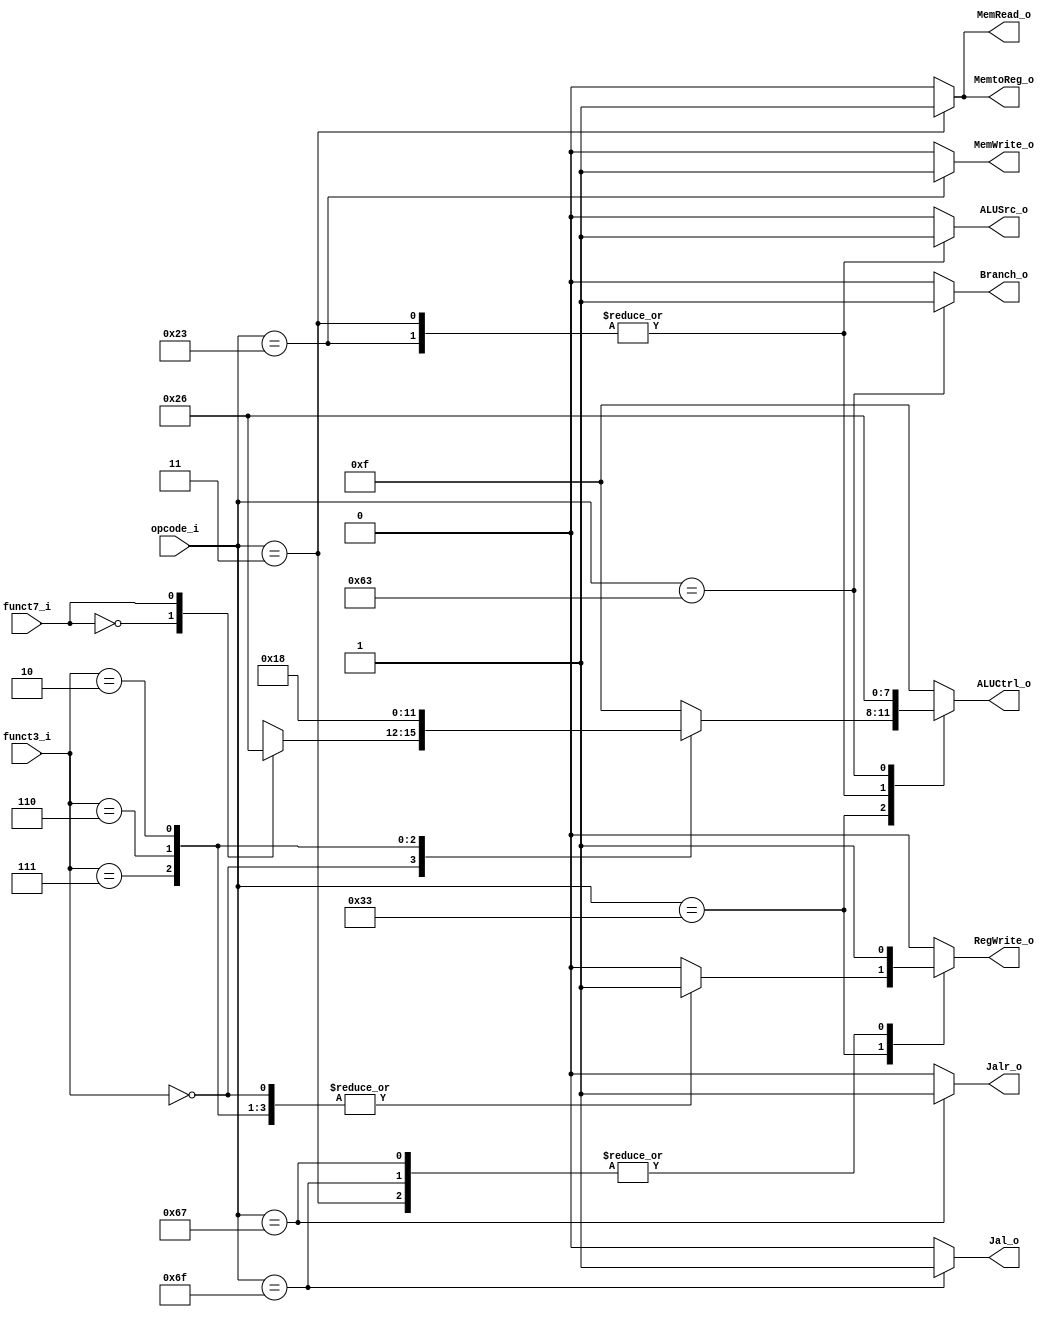
module control (
	input 	   [6:0] opcode_i,
	input 	   [2:0] funct3_i,
	input 			 funct7_i, //funct7[5]
	output reg 		 Jalr_o,
	output reg 		 Jal_o,
	output reg 		 Branch_o,
	output reg 		 MemRead_o,
	output reg 		 MemtoReg_o,
	output reg [3:0] ALUCtrl_o,
	output reg 		 MemWrite_o,
	output reg 		 ALUSrc_o,
	output reg 		 RegWrite_o
);

always @(*) begin
	case (opcode_i)
		7'b0110011: begin //r-type
			case (funct3_i)
				3'b000: begin //arithmetic
					case (funct7_i)
						1'b0: begin //add
							Jalr_o 	   = 1'b0;
							Jal_o 	   = 1'b0;
							Branch_o   = 1'b0;
							MemRead_o  = 1'b0;
							MemtoReg_o = 1'b0;
							ALUCtrl_o  = 4'b0010;
							MemWrite_o = 1'b0;
							ALUSrc_o   = 1'b0;
							RegWrite_o = 1'b1;
						end
						1'b1: begin //sub
							Jalr_o 	   = 1'b0;
							Jal_o 	   = 1'b0;
							Branch_o   = 1'b0;
							MemRead_o  = 1'b0;
							MemtoReg_o = 1'b0;
							ALUCtrl_o  = 4'b0110;
							MemWrite_o = 1'b0;
							ALUSrc_o   = 1'b0;
							RegWrite_o = 1'b1;
						end
						default: begin
							Jalr_o 	   = 1'b0;
							Jal_o 	   = 1'b0;
							Branch_o   = 1'b0;
							MemRead_o  = 1'b0;
							MemtoReg_o = 1'b0;
							ALUCtrl_o  = 4'b1111;
							MemWrite_o = 1'b0;
							ALUSrc_o   = 1'b0;
							RegWrite_o = 1'b0;
						end
					endcase
				end
				3'b111: begin //and
					Jalr_o 	   = 1'b0;
					Jal_o 	   = 1'b0;
					Branch_o   = 1'b0;
					MemRead_o  = 1'b0;
					MemtoReg_o = 1'b0;
					ALUCtrl_o  = 4'b0000;
					MemWrite_o = 1'b0;
					ALUSrc_o   = 1'b0;
					RegWrite_o = 1'b1;
				end
				3'b110: begin //or
					Jalr_o 	   = 1'b0;
					Jal_o 	   = 1'b0;
					Branch_o   = 1'b0;
					MemRead_o  = 1'b0;
					MemtoReg_o = 1'b0;
					ALUCtrl_o  = 4'b0001;
					MemWrite_o = 1'b0;
					ALUSrc_o   = 1'b0;
					RegWrite_o = 1'b1;
				end
				3'b010: begin //slt
					Jalr_o 	   = 1'b0;
					Jal_o 	   = 1'b0;
					Branch_o   = 1'b0;
					MemRead_o  = 1'b0;
					MemtoReg_o = 1'b0;
					ALUCtrl_o  = 4'b1000;
					MemWrite_o = 1'b0;
					ALUSrc_o   = 1'b0;
					RegWrite_o = 1'b1;
				end
				default: begin
					Jalr_o 	   = 1'b0;
					Jal_o 	   = 1'b0;
					Branch_o   = 1'b0;
					MemRead_o  = 1'b0;
					MemtoReg_o = 1'b0;
					ALUCtrl_o  = 4'b1111;
					MemWrite_o = 1'b0;
					ALUSrc_o   = 1'b0;
					RegWrite_o = 1'b0;
				end
			endcase
		end
		7'b0000011: begin //lw
			Jalr_o 	   = 1'b0;
			Jal_o 	   = 1'b0;
			Branch_o   = 1'b0;
			MemRead_o  = 1'b1;
			MemtoReg_o = 1'b1;
			ALUCtrl_o  = 4'b0010;
			MemWrite_o = 1'b0;
			ALUSrc_o   = 1'b1; //rs1+imm
			RegWrite_o = 1'b1;
		end
		7'b0100011: begin //sw
			Jalr_o 	   = 1'b0;
			Jal_o 	   = 1'b0;
			Branch_o   = 1'b0;
			MemRead_o  = 1'b0;
			MemtoReg_o = 1'b0;
			ALUCtrl_o  = 4'b0010;
			MemWrite_o = 1'b1;
			ALUSrc_o   = 1'b1; //rs1+imm
			RegWrite_o = 1'b0;
		end
		7'b1100011: begin //beq
			Jalr_o 	   = 1'b0;
			Jal_o 	   = 1'b0;
			Branch_o   = 1'b1; //PC+=imm
			MemRead_o  = 1'b0;
			MemtoReg_o = 1'b0;
			ALUCtrl_o  = 4'b0110;
			MemWrite_o = 1'b0;
			ALUSrc_o   = 1'b0;
			RegWrite_o = 1'b0;
		end
		7'b1101111: begin //jal
			Jalr_o 	   = 1'b0;
			Jal_o 	   = 1'b1; //PC+=imm
			Branch_o   = 1'b0;
			MemRead_o  = 1'b0;
			MemtoReg_o = 1'b0;
			ALUCtrl_o  = 4'b1111;
			MemWrite_o = 1'b0;
			ALUSrc_o   = 1'b0;
			RegWrite_o = 1'b1; //$rd = PC + 4
		end
		7'b1100111: begin //jalr
			Jalr_o 	   = 1'b1; //PC=rs1+imm
			Jal_o 	   = 1'b0;
			Branch_o   = 1'b0;
			MemRead_o  = 1'b0;
			MemtoReg_o = 1'b0;
			ALUCtrl_o  = 4'b1111;
			MemWrite_o = 1'b0;
			ALUSrc_o   = 1'b0;
			RegWrite_o = 1'b1; //$rd = PC + 4
		end
		default: begin
			Jalr_o 	   = 1'b0;
			Jal_o 	   = 1'b0;
			Branch_o   = 1'b0;
			MemRead_o  = 1'b0;
			MemtoReg_o = 1'b0;
			ALUCtrl_o  = 4'b1111;
			MemWrite_o = 1'b0;
			ALUSrc_o   = 1'b0;
			RegWrite_o = 1'b0;
		end
	endcase
end

endmodule